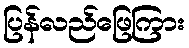
ပြန်လည်ဖြေကြား